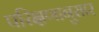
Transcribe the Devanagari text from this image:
परिक्षणानुसार